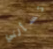
تسألني